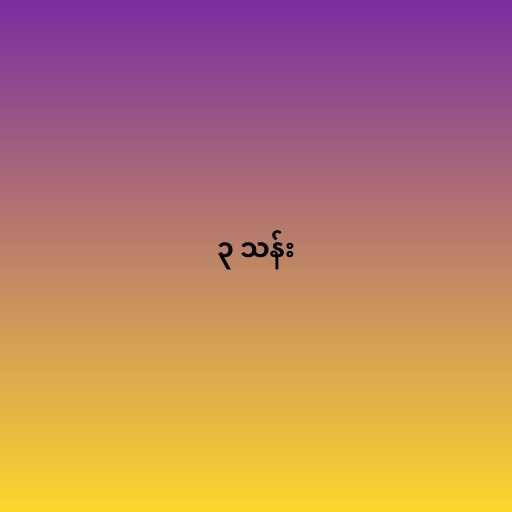
၃ သန်း